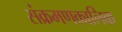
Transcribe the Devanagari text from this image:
संक्रमणकालिक